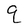
Character: 9